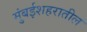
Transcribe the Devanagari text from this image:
मुंबईशहरातील